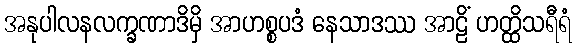
အနုပါလနလက္ခဏာဒိမှိ အာဟစ္စပဒံ နေသာဒဿ အာဠိံ ဟတ္ထိသရီရံ